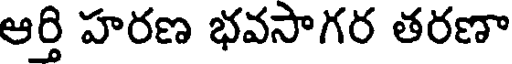
ఆర్తి హరణ భవసాగర తరణా